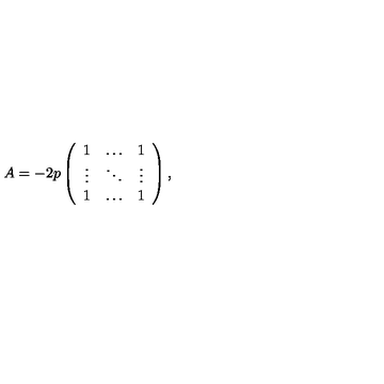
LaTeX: A = - 2 p \left( \begin{array} { c c c } { 1 } & { \ldots } & { 1 } \\ { \vdots } & { \ddots } & { \vdots } \\ { 1 } & { \ldots } & { 1 } \\ \end{array} \right) ,